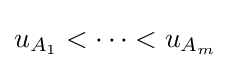
{\textstyle u_{A_{1}}<\dots <u_{A_{m}}}